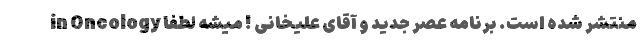
in Oncology منتشر شده است. برنامه عصر جدید و آقای علیخانی ! میشه لطفا